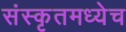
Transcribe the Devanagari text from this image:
संस्कृतमध्येच